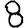
Digit: 8